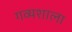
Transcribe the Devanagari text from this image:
गव्यशाला